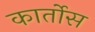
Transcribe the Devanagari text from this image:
कार्तोस